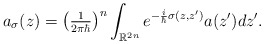
\begin{align*}a_{\sigma}(z)=\left( \tfrac{1}{2\pi\hbar}\right) ^{n}\int_{\mathbb{R}^{2n}}e^{-\frac{i}{\hbar}\sigma(z,z^{\prime})}a(z^{\prime})dz^{\prime}.\end{align*}